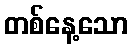
တစ်နေ့သော